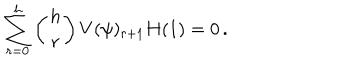
\sum _ { r = 0 } ^ { h } \left( { h \atop r } \right) V ( \psi ) _ { r + 1 } H ( 1 ) = 0 \, .